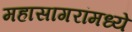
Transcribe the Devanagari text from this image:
महासागरांमध्ये